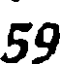
59